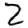
Digit: 2